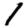
Digit: 1